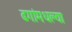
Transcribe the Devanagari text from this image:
ढगांमधल्या